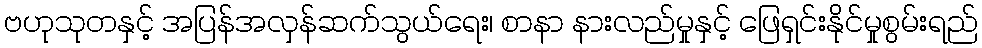
ဗဟုသုတနှင့် အပြန်အလှန်ဆက်သွယ်ရေး၊ စာနာ နားလည်မှုနှင့် ဖြေရှင်းနိုင်မှုစွမ်းရည်